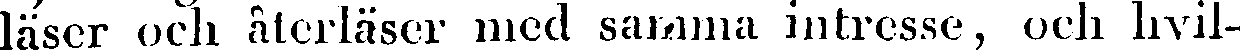
läser och återläser med samma intresse, och hvil-